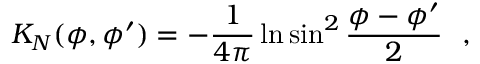
K _ { N } ( \phi , \phi ^ { \prime } ) = - { \frac { 1 } { 4 \pi } } \ln \sin ^ { 2 } { \frac { \phi - \phi ^ { \prime } } { 2 } } ~ ~ ,